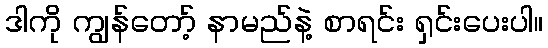
ဒါကို ကျွန်တော့် နာမည်နဲ့ စာရင်း ရှင်းပေးပါ။